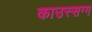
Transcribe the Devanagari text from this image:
काउस्सग्ग